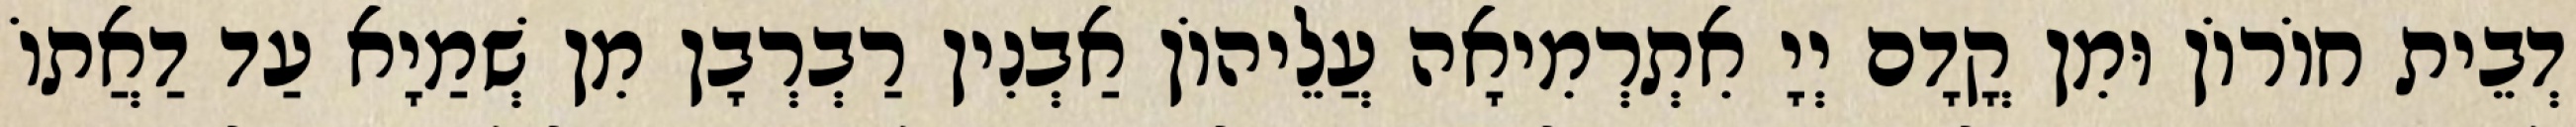
דְבֵית חוֹרוֹן וּמִן קֳדָם יְיָ אִתְרְמִיאָה עֲלֵיהוֹן אַבְנִין רַבְרְבָן מִן שְׁמַיָא עַד דַאֲתוֹ